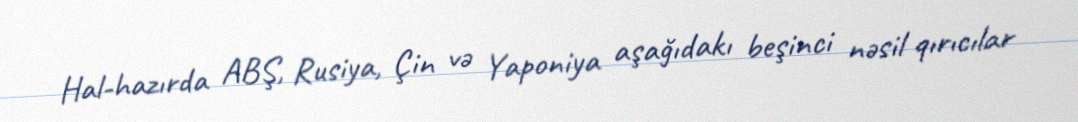
Hal-hazırda ABŞ, Rusiya, Çin və Yaponiya aşağıdakı beşinci nəsil qırıcılar